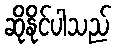
ဆိုနိုင်ပါသည်